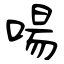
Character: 啺